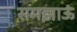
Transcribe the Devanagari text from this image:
समझाऊं